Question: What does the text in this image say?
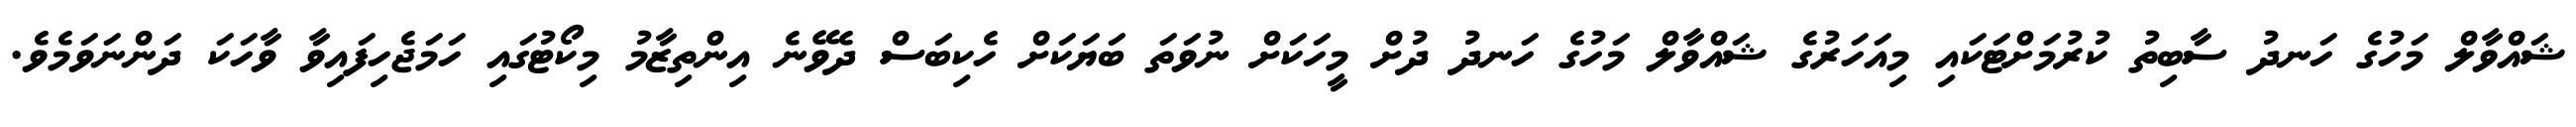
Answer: ޝައްވާލް މަހުގެ ހަނދު ސާބިތު ކުރުމަށްޓަކައި މިއަހަރުގެ ޝައްވާލް މަހުގެ ހަނދު ދުށް މީހަކަށް ނުވަތަ ބަޔަކަށް ހެކިބަސް ދެވޭނެ އިންތިޒާމު މިކޯޓުގައި ހަމަޖެހިފައިވާ ވާހަކަ ދަންނަވަމެވެ.